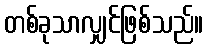
တစ်ခုသာလျှင်ဖြစ်သည်။